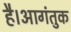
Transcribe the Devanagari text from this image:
है।आगंतुक